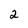
Character: 2